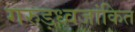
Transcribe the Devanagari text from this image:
गरुड़ध्वजांकित